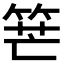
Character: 𥭶